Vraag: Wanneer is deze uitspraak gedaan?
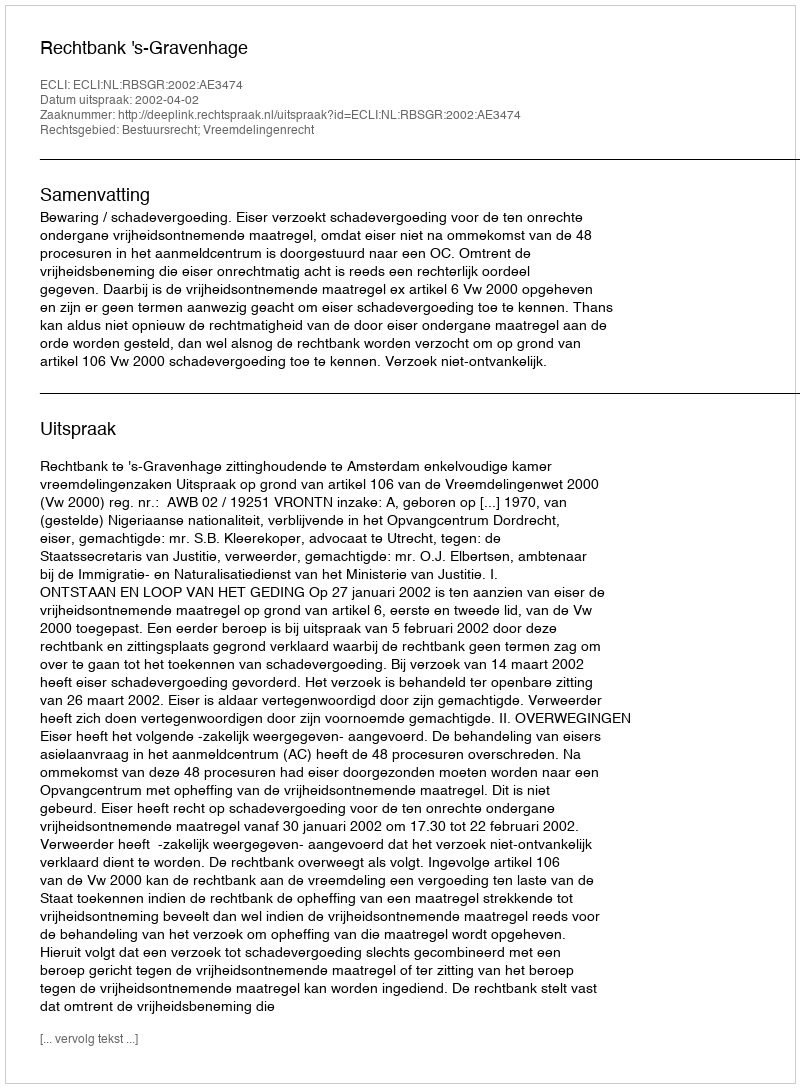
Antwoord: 2002-04-02